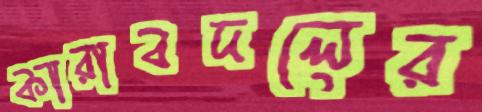
কারাবদলের